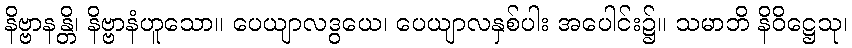
နိဗ္ဗာနန္တိ၊ နိဗ္ဗာနံဟူသော။ ပေယျာလဒွယေ၊ ပေယျာလနှစ်ပါး အပေါင်း၌။ သမာဘိ နိဝိဋ္ဌေသု၊